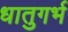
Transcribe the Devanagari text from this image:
धातुगर्भ